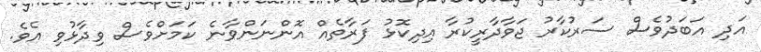
އަދި އަބަދުވެސް ސަރުކާރު ޖަވާދާރީކުރާ އިދިކޮޅު ފަރާތެއް އޮންނަންވާނެ ކަމަށްވެސް ވިދާޅުވި އެވެ.